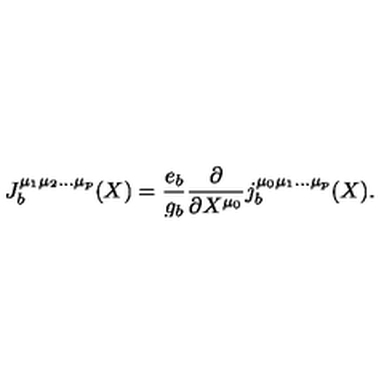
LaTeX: J _ { b } ^ { \mu _ { 1 } \mu _ { 2 } \ldots \mu _ { p } } ( X ) = \frac { e _ { b } } { g _ { b } } \frac { \partial } { \partial X ^ { \mu _ { 0 } } } j _ { b } ^ { \mu _ { 0 } \mu _ { 1 } \ldots \mu _ { p } } ( X ) .